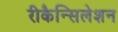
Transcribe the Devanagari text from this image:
रीकैन्सिलेशन